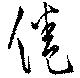
倦